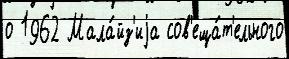
о 1962 Мала́йз'иjа сов'еща́т'ельного